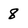
Character: 8